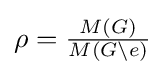
{\textstyle \rho ={\frac {M(G)}{M(G\setminus e)}}}